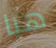
هيا